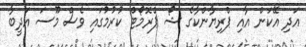
އަދި އޭކަން އާއި ޕްރިޔާންކާގެ ޝޯ ޕްރޮމޯޓް ކުރުމުގައި ވެސް މޫސަ އަދީބާ